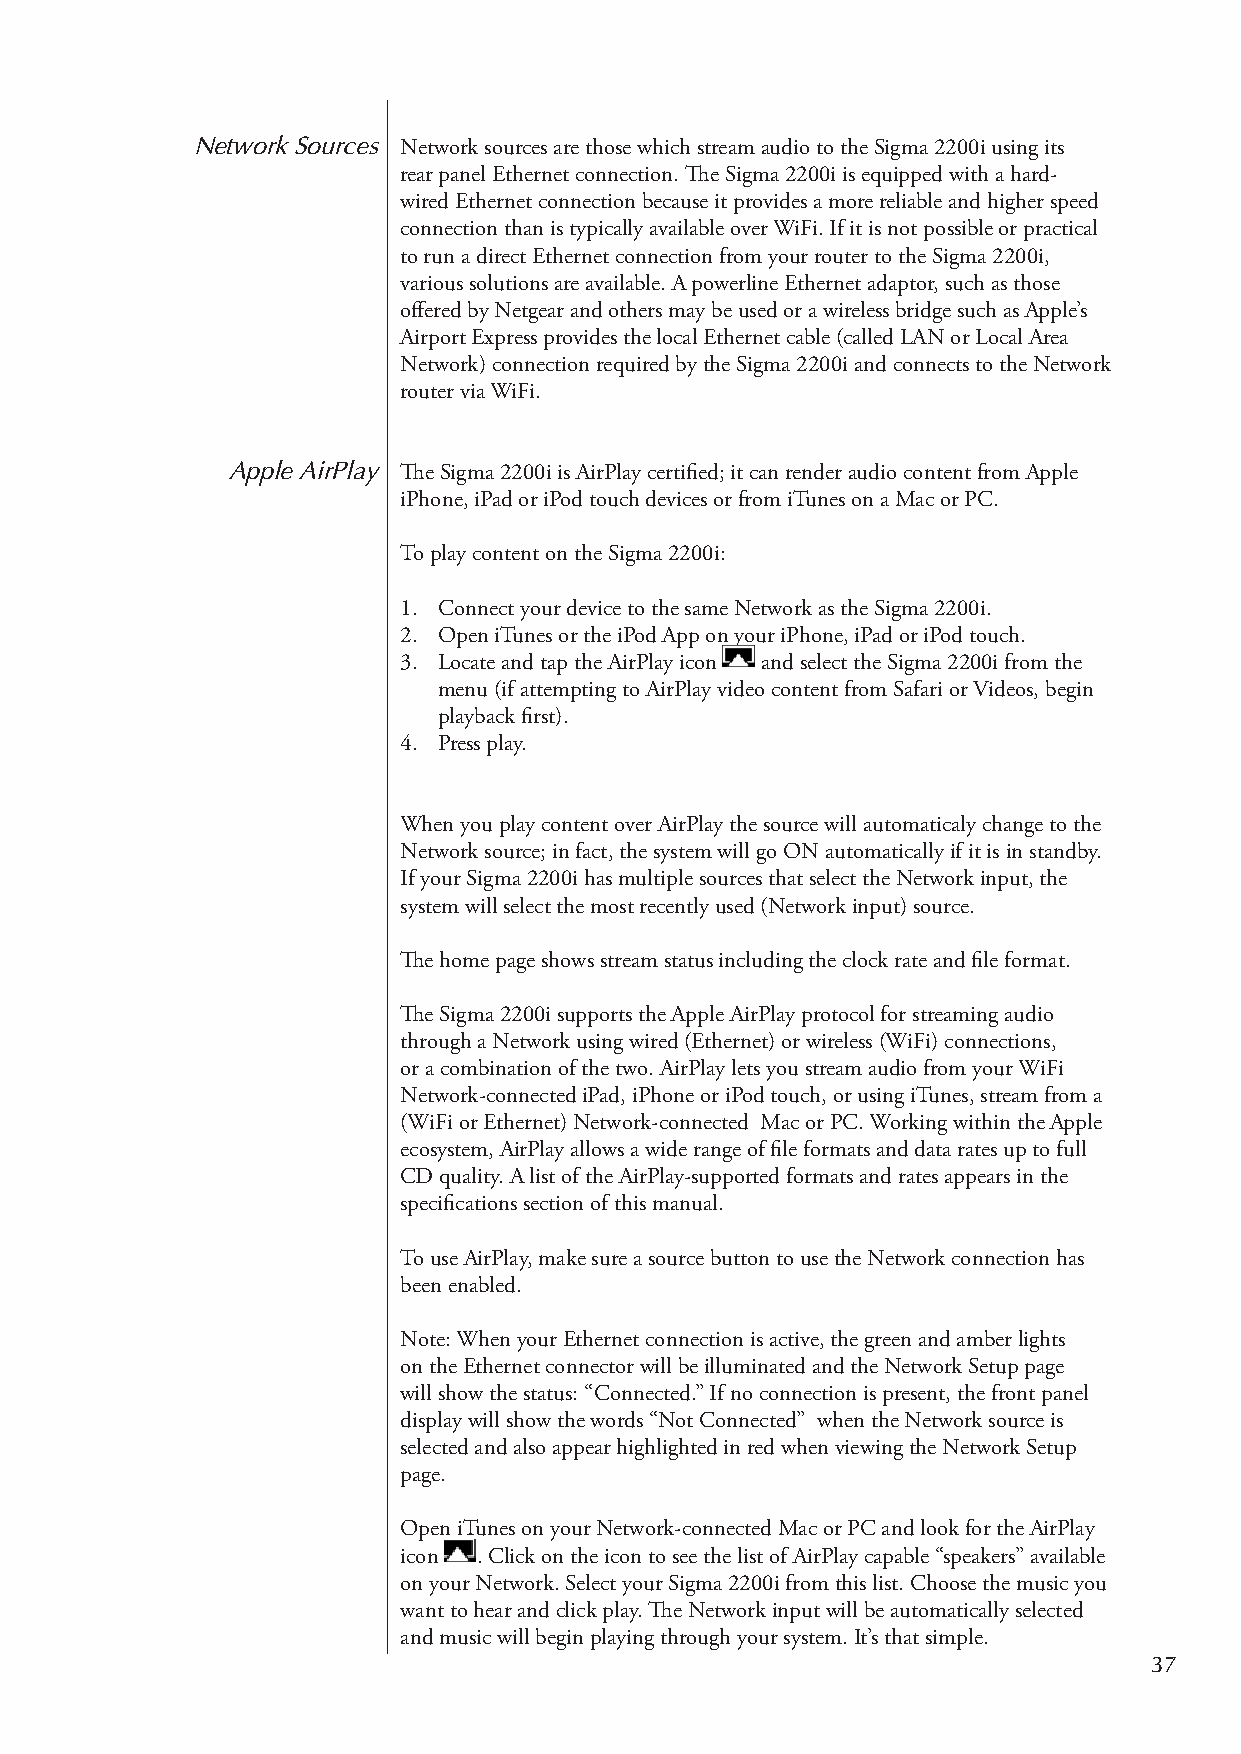
Network Sources Network sources are those which stream audio to the Sigma 2200i using its
 rear panel Ethernet connection. The Sigma 2200i is equipped with a hard-
 wired Ethernet connection because it provides a more reliable and higher speed
 connection than is typically available over WiFi. If it is not possible or practical
 to run a direct Ethernet connection from your router to the Sigma 2200i,
 various solutions are available. A powerline Ethernet adaptor, such as those
 offered by Netgear and others may be used or a wireless bridge such as Apple’s
 Airport Express provides the local Ethernet cable (called LAN or Local Area
 Network) connection required by the Sigma 2200i and connects to the Network
 router via WiFi.
 Apple AirPlay The Sigma 2200i is AirPlay certified; it can render audio content from Apple
 iPhone, iPad or iPod touch devices or from iTunes on a Mac or PC.
 To play content on the Sigma 2200i:
 1. Connect your device to the same Network as the Sigma 2200i.
 2. Open iTunes or the iPod App on your iPhone, iPad or iPod touch.
 3. Locate and tap the AirPlay icon and select the Sigma 2200i from the
 menu (if attempting to AirPlay video content from Safari or Videos, begin
 playback first).
 4. Press play.
 When you play content over AirPlay the source will automaticaly change to the
 Network source; in fact, the system will go ON automatically if it is in standby.
 If your Sigma 2200i has multiple sources that select the Network input, the
 system will select the most recently used (Network input) source.
 The home page shows stream status including the clock rate and file format.
 The Sigma 2200i supports the Apple AirPlay protocol for streaming audio
 through a Network using wired (Ethernet) or wireless (WiFi) connections,
 or a combination of the two. AirPlay lets you stream audio from your WiFi
 Network-connected iPad, iPhone or iPod touch, or using iTunes, stream from a
 (WiFi or Ethernet) Network-connected Mac or PC. Working within the Apple
 ecosystem, AirPlay allows a wide range of file formats and data rates up to full
 CD quality. A list of the AirPlay-supported formats and rates appears in the
 specifications section of this manual.
 To use AirPlay, make sure a source button to use the Network connection has
 been enabled.
 Note: When your Ethernet connection is active, the green and amber lights
 on the Ethernet connector will be illuminated and the Network Setup page
 will show the status: “Connected.” If no connection is present, the front panel
 display will show the words “Not Connected” when the Network source is
 selected and also appear highlighted in red when viewing the Network Setup
 page.
 Open iTunes on your Network-connected Mac or PC and look for the AirPlay
 icon  . Click on the icon to see the list of AirPlay capable “speakers” available
 on your Network. Select your Sigma 2200i from this list. Choose the music you
 want to hear and click play. The Network input will be automatically selected
 and music will begin playing through your system. It’s that simple.
 37